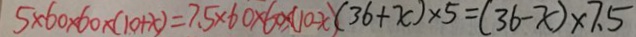
5 \times 6 0 \times 6 0 \times ( 1 0 + x ) = 7 . 5 \times 6 0 \times 6 0 \times ( 1 0 - x ) ( 3 6 + x ) \times 5 = ( 3 6 - x ) \times 7 . 5